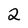
Character: 2